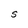
Character: S